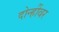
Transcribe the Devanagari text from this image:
दोन्हींवर